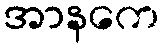
အာနကေ